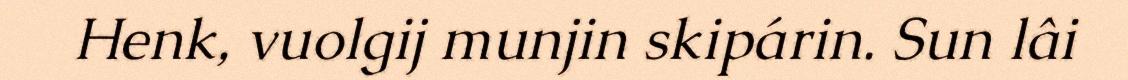
Henk, vuolgij munjin skipárin. Sun lâi